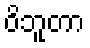
ဝိဘူတာ